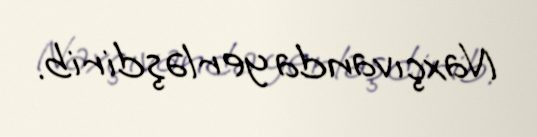
Naxçıvanda yerləşdirib.